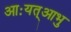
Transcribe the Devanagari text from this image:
आःयत्आभु